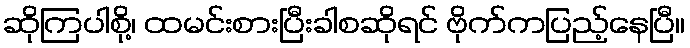
ဆိုကြပါစို့၊ ထမင်းစားပြီးခါစဆိုရင် ဗိုက်ကပြည့်နေပြီ။